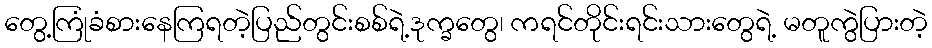
တွေ့ကြုံခံစားနေကြရတဲ့ပြည်တွင်းစစ်ရဲ့ဒုက္ခတွေ၊ ကရင်တိုင်းရင်းသားတွေရဲ့ မတူကွဲပြားတဲ့